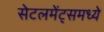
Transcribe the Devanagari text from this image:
सेटलमेंट्‌समध्ये